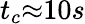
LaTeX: t_{c}{\approx}10s